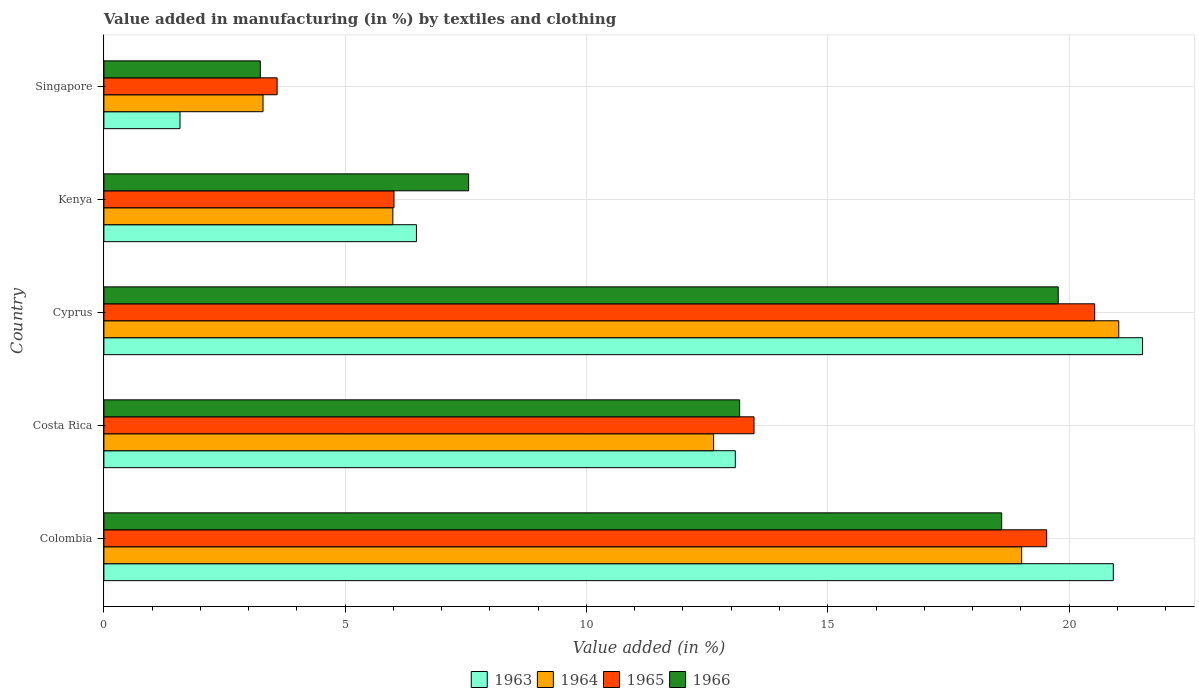
| Country | 1963 | 1964 | 1965 | 1966 |
 | --- | --- | --- | --- | --- |
 | Colombia | 20.9 | 19 | 19.5 | 18.6 |
 | Costa Rica | 13.1 | 12.6 | 13.5 | 13.2 |
 | Cyprus | 21.5 | 21 | 20.5 | 19.8 |
 | Kenya | 6.48 | 5.99 | 6.01 | 7.56 |
 | Singapore | 1.58 | 3.3 | 3.59 | 3.24 |